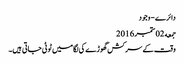
دائرے - وجود
جمعه 02 ستمبر 2016
وقت کے سرکش گھوڑے کی لگامیں ٹوٹی جاتی ہیں۔